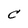
Character: C